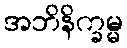
အဘိနိက္ခမ္မ